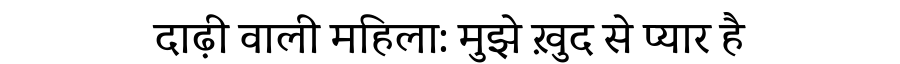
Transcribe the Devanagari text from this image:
दाढ़ी वाली महिला: मुझे ख़ुद से प्यार है